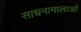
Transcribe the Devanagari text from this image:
साधनामालाओं